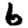
Digit: 6